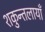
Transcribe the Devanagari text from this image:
शकुन्तलायाँ